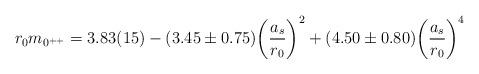
LaTeX: \begin{align*}r_0 m_{0^{++}} = 3.83(15) - (3.45\pm0.75)\biggl({{a_s}\over{r_0}}\biggr)^2+ (4.50\pm0.80)\biggl({{a_s}\over{r_0}}\biggr)^4\end{align*}